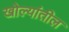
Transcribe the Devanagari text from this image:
खोल्यांतील